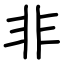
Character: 非